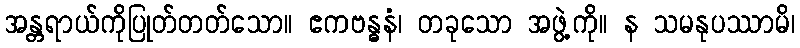
အန္တရာယ်ကိုပြုတ်တတ်သော။ ဧကဗန္ဓနံ၊ တခုသော အဖွဲ့ကို။ န သမနုပဿာမိ၊